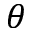
\theta